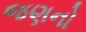
જણનો